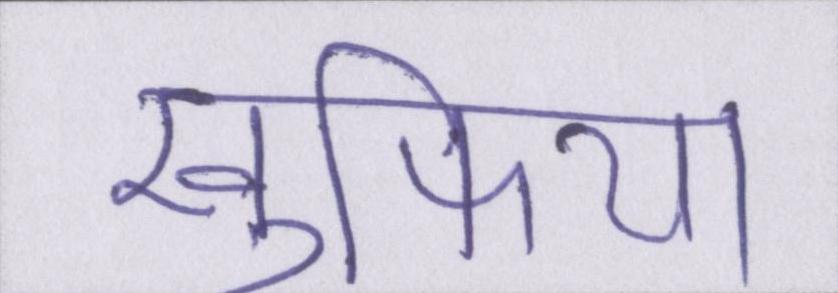
खुफिया